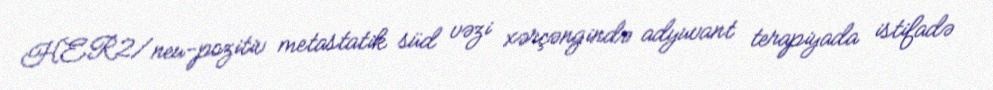
HER2/neu-pozitiv metastatik süd vəzi xərçəngində adyuvant terapiyada istifadə